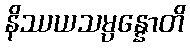
နိဿယသမ္ပန္နောတိ